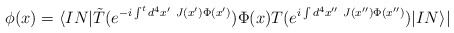
\begin{align*}\phi (x)=\langle IN|\tilde T(e^{-i\int^td^4x^{\prime}~J(x^{\prime })\Phi (x^{\prime })})\Phi (x)T(e^{i\int d^4x^{\prime \prime}~J(x^{\prime \prime })\Phi (x^{\prime \prime })})|IN\rangle |\end{align*}